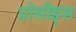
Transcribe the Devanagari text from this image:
प्रोसीड्स